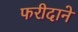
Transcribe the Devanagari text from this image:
फरीदाने